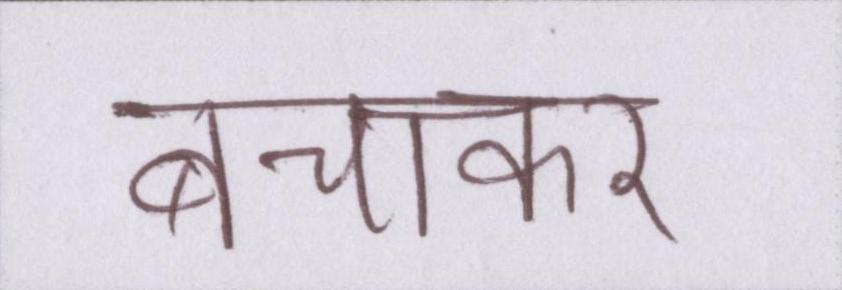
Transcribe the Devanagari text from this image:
बचाकर